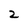
Character: 2